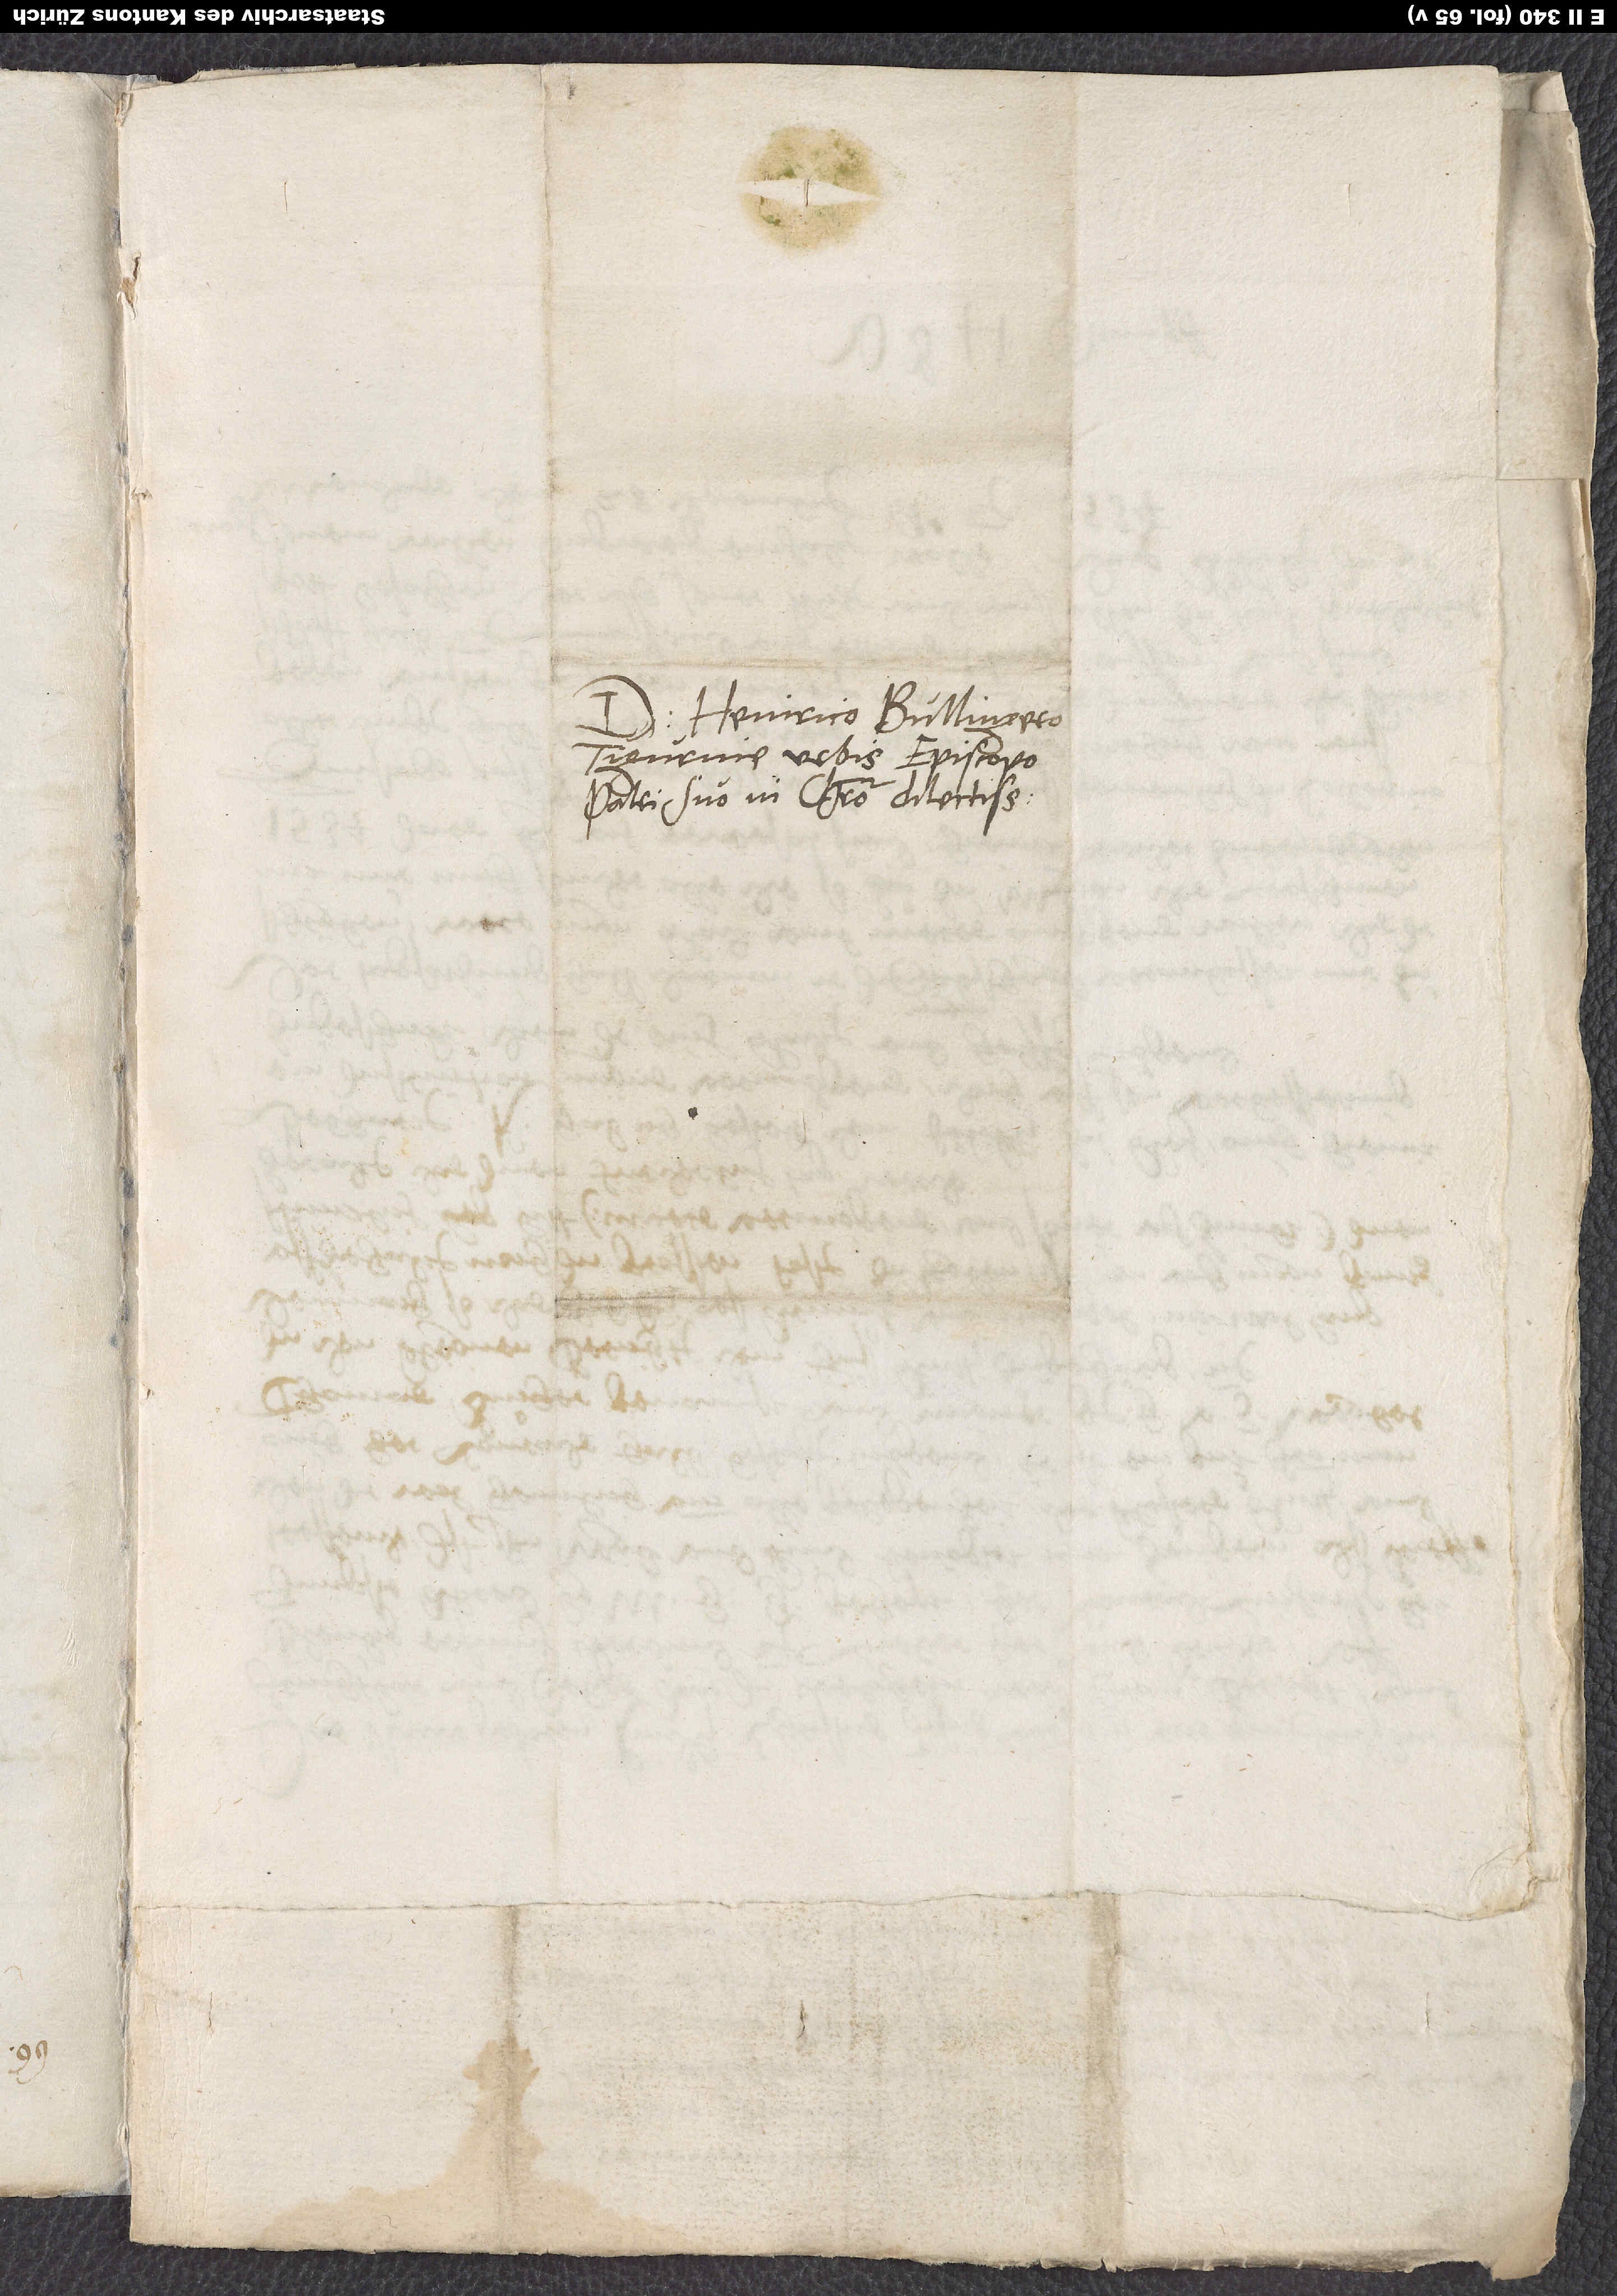
Domino Heinrico Bullingero,
Tigurine urbis episcopo,
patri suo in Christo dilectissimo.